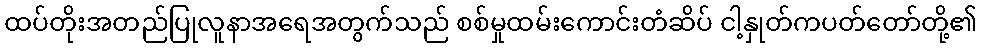
ထပ်တိုးအတည်ပြုလူနာအရေအတွက်သည် စစ်မှုထမ်းကောင်းတံဆိပ် ငါ့နှုတ်ကပတ်တော်တို့၏